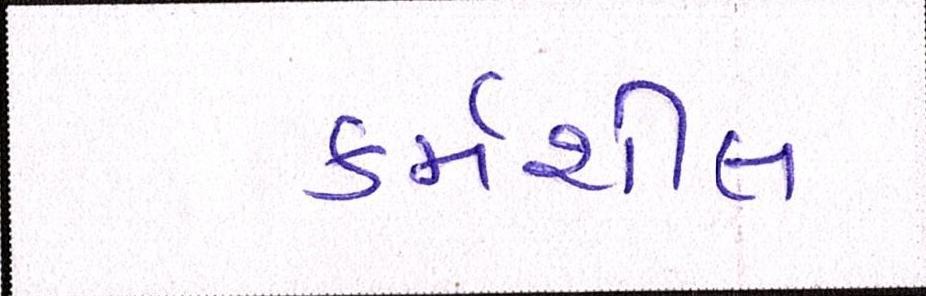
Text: કર્મશીલ